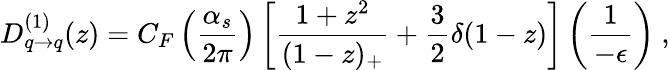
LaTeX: D_{q\rightarrow q}^{(1)}(z)=C_{F}\left({\frac{\alpha_{s}}{2\pi}}\right)\left[\frac{1+z^{2}}{(1-z)_{+}}+\frac{3}{2}\delta(1-z)\right]\left({\frac{1}{-\epsilon}}\right)\ ,